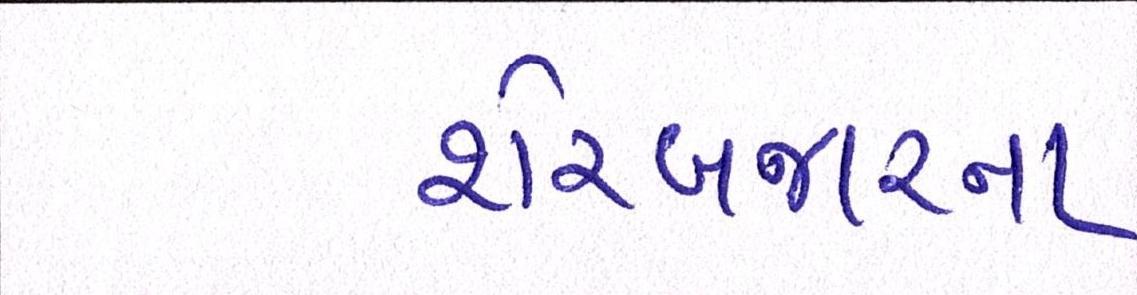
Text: શેરબજારના